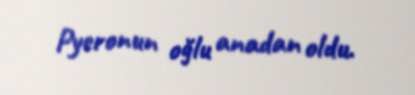
Pyeronun oğlu anadan oldu.